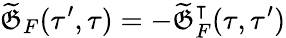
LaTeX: \widetilde{\mathfrak{G}}_{F}(\tau^{\prime},\tau)=-\widetilde{\mathfrak{G}}_{F}^{\intercal}(\tau,\tau^{\prime})